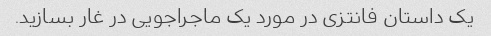
یک داستان فانتزی در مورد یک ماجراجویی در غار بسازید.